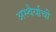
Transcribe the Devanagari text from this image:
अस्थैर्याची